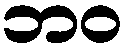
ဘဝ